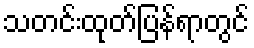
သတင်းထုတ်ပြန်ရာတွင်